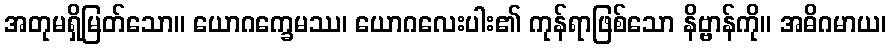
အတုမရှိမြတ်သော။ ယောဂက္ခေမဿ၊ ယောဂလေးပါး၏ ကုန်ရာဖြစ်သော နိဗ္ဗာန်ကို။ အဓိဂမာယ၊